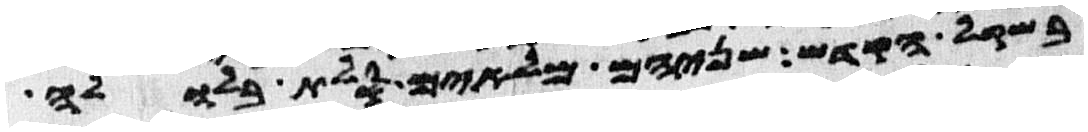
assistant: בשקל הקדש שניהם מלאים סלת בלולה